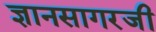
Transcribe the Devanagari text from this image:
ज्ञानसागरजी